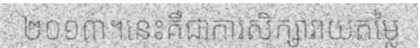
២០១៣។នេះគឺជាការសិក្សាវាយតម្លៃ